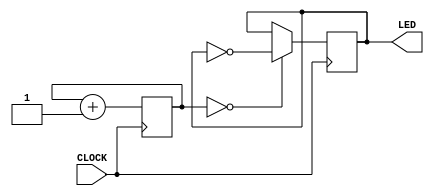
`timescale 1ns / 1ps
//////////////////////////////////////////////////////////////////////////////////
// Company: 
// 
// Design Name: 
// Module Name: slow_blinky_module
// Project Name: 
// Target Devices: 
// Tool Versions: 
// Description: 
// 
// Dependencies: 
// 
// Revision:
// Revision 0.01 - File Created
// Additional Comments:
// 
//////////////////////////////////////////////////////////////////////////////////


module slow_blinky_module(input CLOCK, output reg LED);
    // A simple 4-bit counter.
    reg [3:0] COUNT = 4'b0000;
    
    initial begin
        LED = 0;
    end
    
    always @ (posedge CLOCK) begin
        COUNT <= COUNT + 1;
        LED <= (COUNT == 4'b0000) ? ~LED : LED;
    end
endmodule